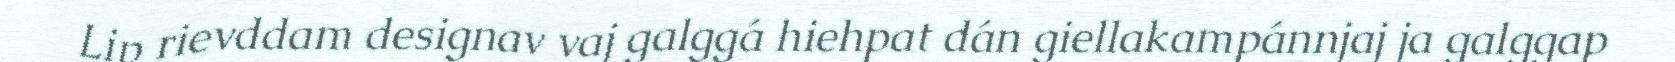
Lip rievddam designav vaj galggá hiehpat dán giellakampánnjaj ja galggap